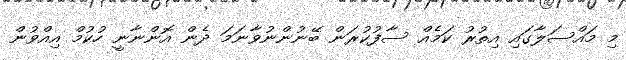
މި މައްސަލާގައި އިތުރު ކަމެއް ސާފުކުރަން ބޭނުންނުވާނަމަ ދެން އޮންނާނީ ހުކުމް އިއްވުން